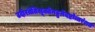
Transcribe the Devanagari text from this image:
उदीरतेतिसूक्तेनहुनेदष्टोत्तरंशतं